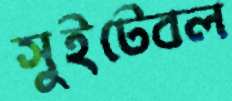
সুইটেবল